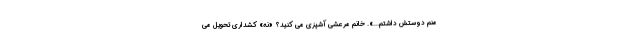
منم دوستش داشتم...». خانم مرعشی آشپزی می کنید؟ «نه» کشداری تحویل می